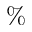
\%